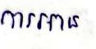
ការអាន